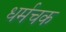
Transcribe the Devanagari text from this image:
धर्मचक